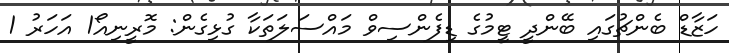
ހަޒާޑް ބެންޗުގައި ބޭންދީ ޓީމުގެ ޑިފެންސިވް މައްސަލަތަކާ ގުޅިގެން: މޮރީނިއޯ1 އަހަރު 1